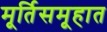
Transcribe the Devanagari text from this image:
मूर्तिसमूहात